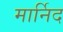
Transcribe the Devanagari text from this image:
मार्निद